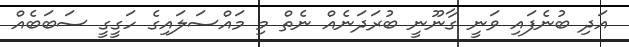
އަދި ބުނެފައި ވަނީ ގާނޫނީ ބުރަދަނެއް ނެތް މި މައްސަލައިގެ ހަގީގީ ސަބަބެއް